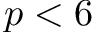
p < 6